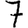
Digit: 7